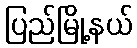
ပြည်မြို့နယ်